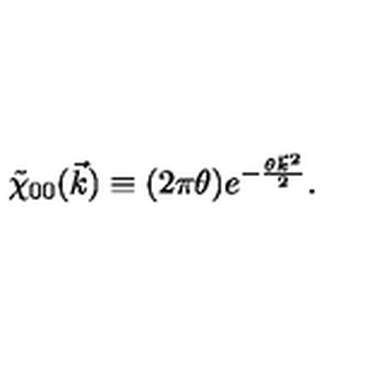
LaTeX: \tilde { \chi } _ { 0 0 } ( \vec { k } ) \equiv ( 2 \pi \theta ) e ^ { - \frac { \theta { \vec { k } } ^ { 2 } } { 2 } } .